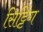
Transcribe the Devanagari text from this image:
सिट्टिंग